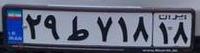
۲۹ط۷۱۸۱۸